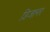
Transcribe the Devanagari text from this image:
डिजानर